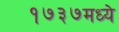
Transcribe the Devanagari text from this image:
१७३७मध्ये